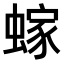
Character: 𫋕